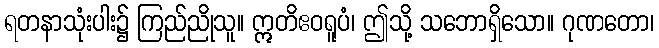
ရတနာသုံးပါး၌ ကြည်ညိုသူ။ ဣတိဧဝရူပံ၊ ဤသို့ သဘောရှိသော။ ဂုဏတော၊